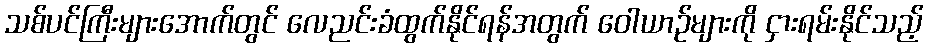
သစ်ပင်ကြီးများအောက်တွင် လေညင်းခံထွက်နိုင်ရန်အတွက် ဝေါယာဉ်များကို ငှားရမ်းနိုင်သည့်